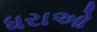
ધરાઓ